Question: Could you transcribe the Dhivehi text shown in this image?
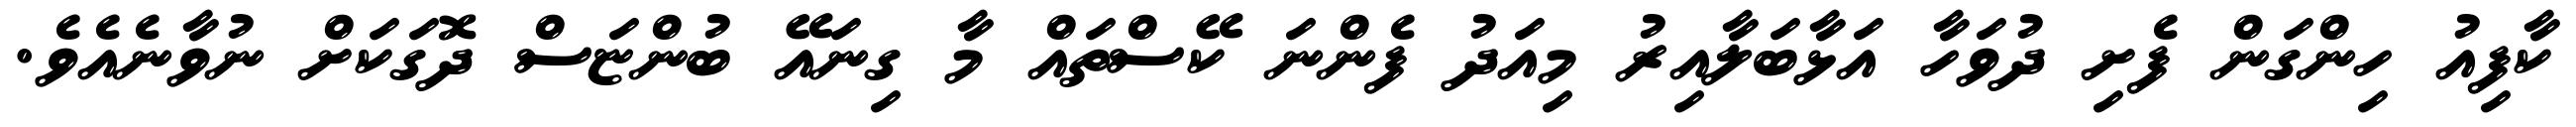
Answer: ކާފިއު ހިންގަން ފެށި ދުވަހާ އަޅާބަލާއިރު މިއަދު ފެންނަ ކޭސްތައް މާ ގިނައޭ ބުންޏަސް ދޮގަކަށް ނުވާނެއެވެ.